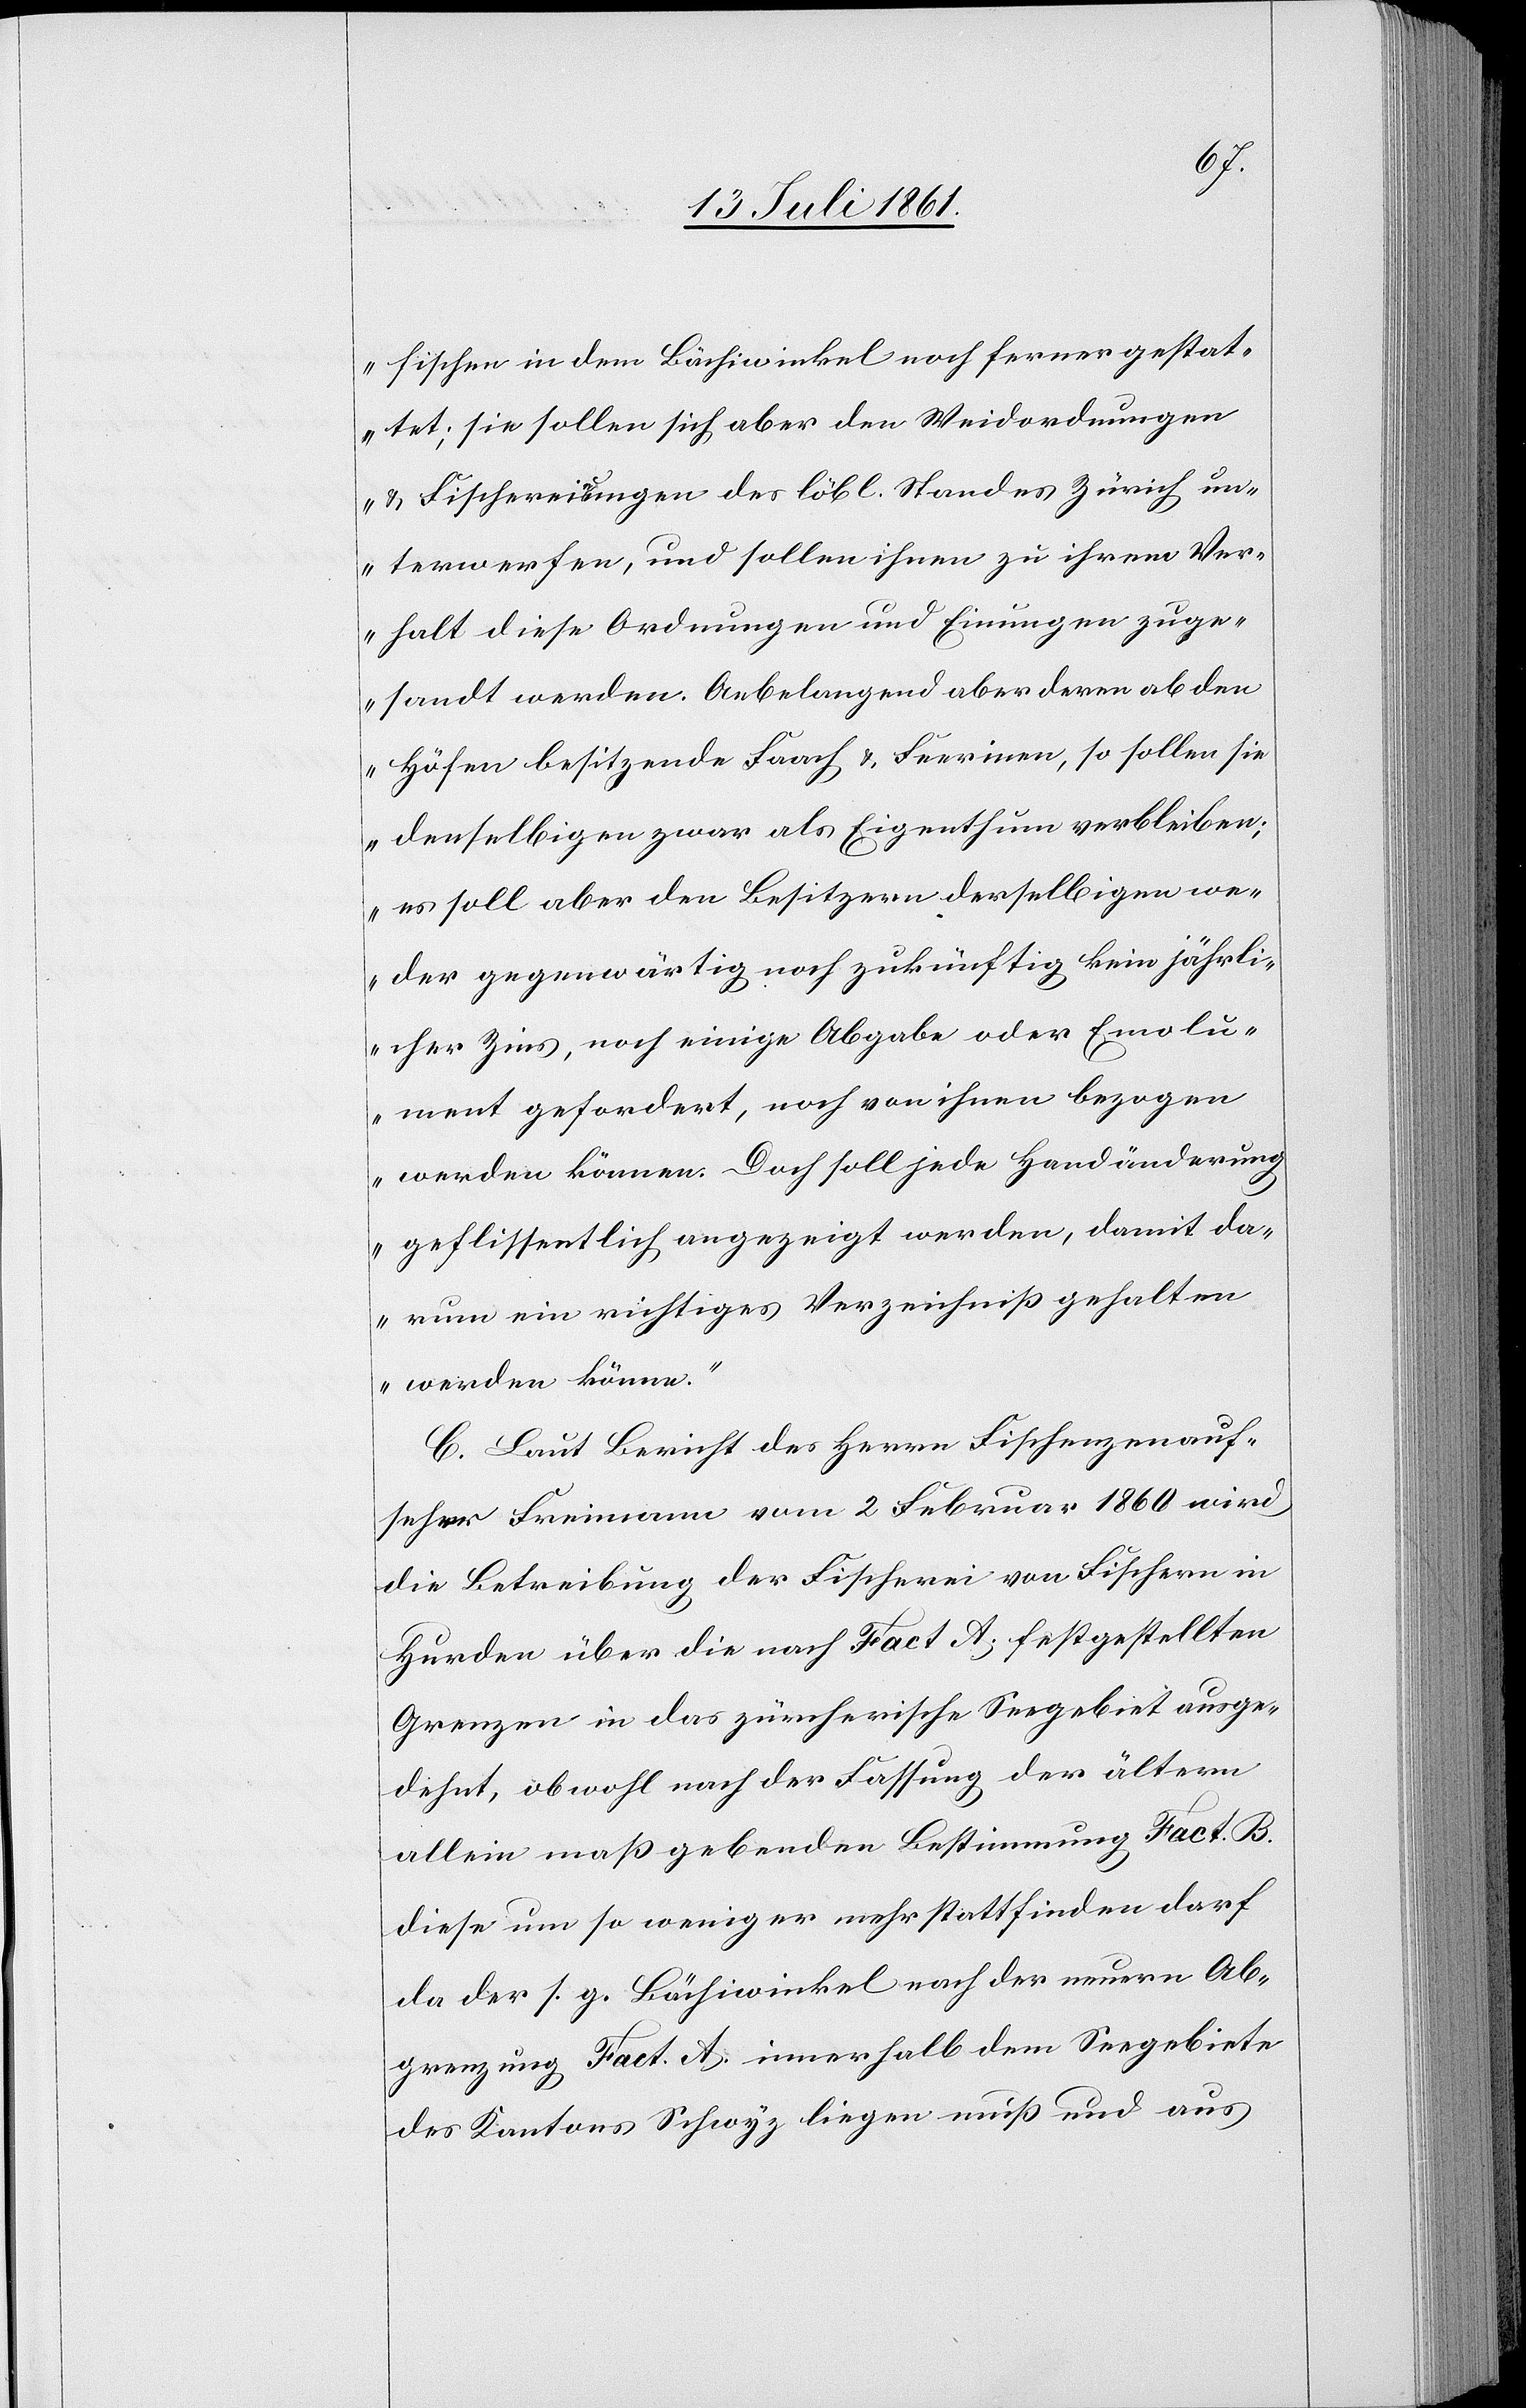
fischen in dem Bächiwinkel noch ferner gestat¬
tet; sie sollen sich aber den Weidordnungen
u. Fischereinungen des löbl. Standes Zürich un¬
terwerfen, und sollen ihnen zu ihrem Ver¬
halt diese Ordnungen und Einungen zuge¬
sandt werden. Anbelangend aber deren ab den
Höfen besitzenden Faach u. Feerinen, so sollen sie
denselbigen zwar als Eigenthum verbleiben;
es soll aber den Besitzern derselbigen we¬
der gegenwärtig noch zukünftig kein jährli¬
cher Zins, noch einige Abgabe oder Emolu¬
ment gefordert, noch von ihnen bezogen
werden können. Doch soll jede Handänderung
geflissentlich angezeigt werden, damit da¬
rum ein richtiges Verzeichniß gehalten
werden könne.
C. Laut Bericht des Herrn Fischenzenauf¬
seher Freimann vom 2 Februar 1860 wird
die Betreibung der Fischerei von Fischern in
Hurden über die nach Fact. A festgestellten
Grenzen in das zürcherische Seegebiet ausge¬
dehnt, obwohl nach der Fassung der ältern
allein maßgebenden Bestimmung Fact. B.
diese um so weniger mehr stattfinden darf
da der s. g. Bächiwinkel nach der neuern Ab¬
grenzung Fact. A. innerhalb dem Seegebiete
des Kantons Schwyz liegen muß und aus